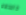
خاصتهم